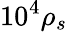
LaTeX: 10^{4}\rho_{s}